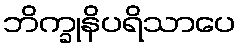
ဘိက္ခုနိပရိသာပေ